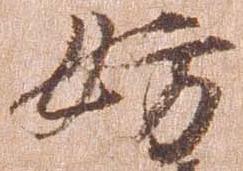
妨